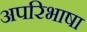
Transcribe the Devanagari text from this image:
अपरिभाषा